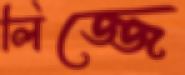
লিজ্জে